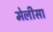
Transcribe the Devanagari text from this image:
मेलीसा